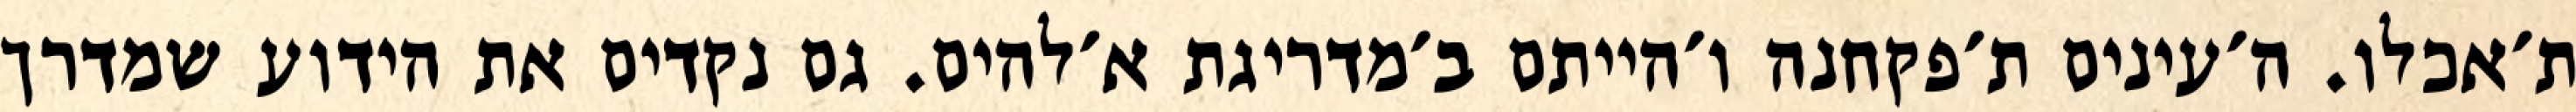
ת׳אכלו. ה׳עינים ת׳פקחנה ו׳הייתם ב׳מדריגת א׳להים. גם נקדים את הידוע שמדרך